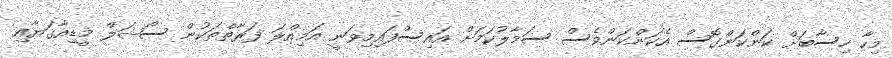
މިހާ ހިސާބަށް ކަންކަންގޮސް އެކަންކަންވެސް ސަމާލުކަމަށް އައިސްފައިމިވަނީ އަމިއްލަ ފަރާތްތަކުން ސޯޝަލް މީޑިއާގަޔާއި